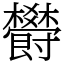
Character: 欎